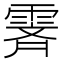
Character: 𬰁